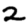
Digit: 2